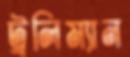
ট্রলিম্যান